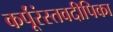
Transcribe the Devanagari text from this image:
कर्पूंरंस्तवदीपिका